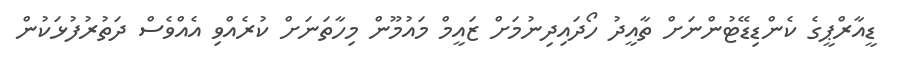
ޑީއާރްޕީގެ ކެންޑިޑޭޓުންނަށް ތާއީދު ހޯދައިދިނުމަށް ޒައީމް މައުމޫން މިހާތަނަށް ކުރެއްވި އެއްވެސް ދަތުރުފުޅަކުން